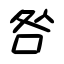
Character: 咎